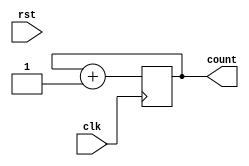
`timescale 1ns / 1ps
//////////////////////////////////////////////////////////////////////////////////
// Company: 
// Engineer: 
// 
// Design Name: 
// Module Name:    counter_8 
// Project Name: 
// Target Devices: 
// Tool versions: 
// Description: 
//
// Dependencies: 
//
// Revision: 
// Revision 0.01 - File Created
// Additional Comments: 
//
//////////////////////////////////////////////////////////////////////////////////
module counter_8(count, clk, rst);
parameter n=7;
 
  output reg [n:0] count;
  input clk;
  input rst;
 
  // Set the initial value
  initial
    count = 0;
 
  // Increment count on clock
  always @(posedge clk)
   
      count = count + 1;


endmodule